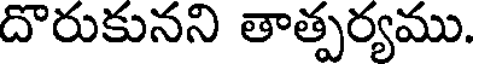
దొరుకునని తాత్పర్యము.